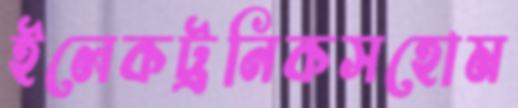
ইলেকট্রনিকসহোম